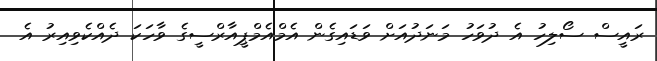
ރައީސް ސޯލިހު އެ ދުވަހު މަނަދުއަށް ވަޑައިގެން އެމްއެމްޕީއާރްސީގެ ވާހަކަ ދެއްކެވިއިރު އެ